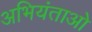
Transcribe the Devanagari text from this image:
अभियंताओ